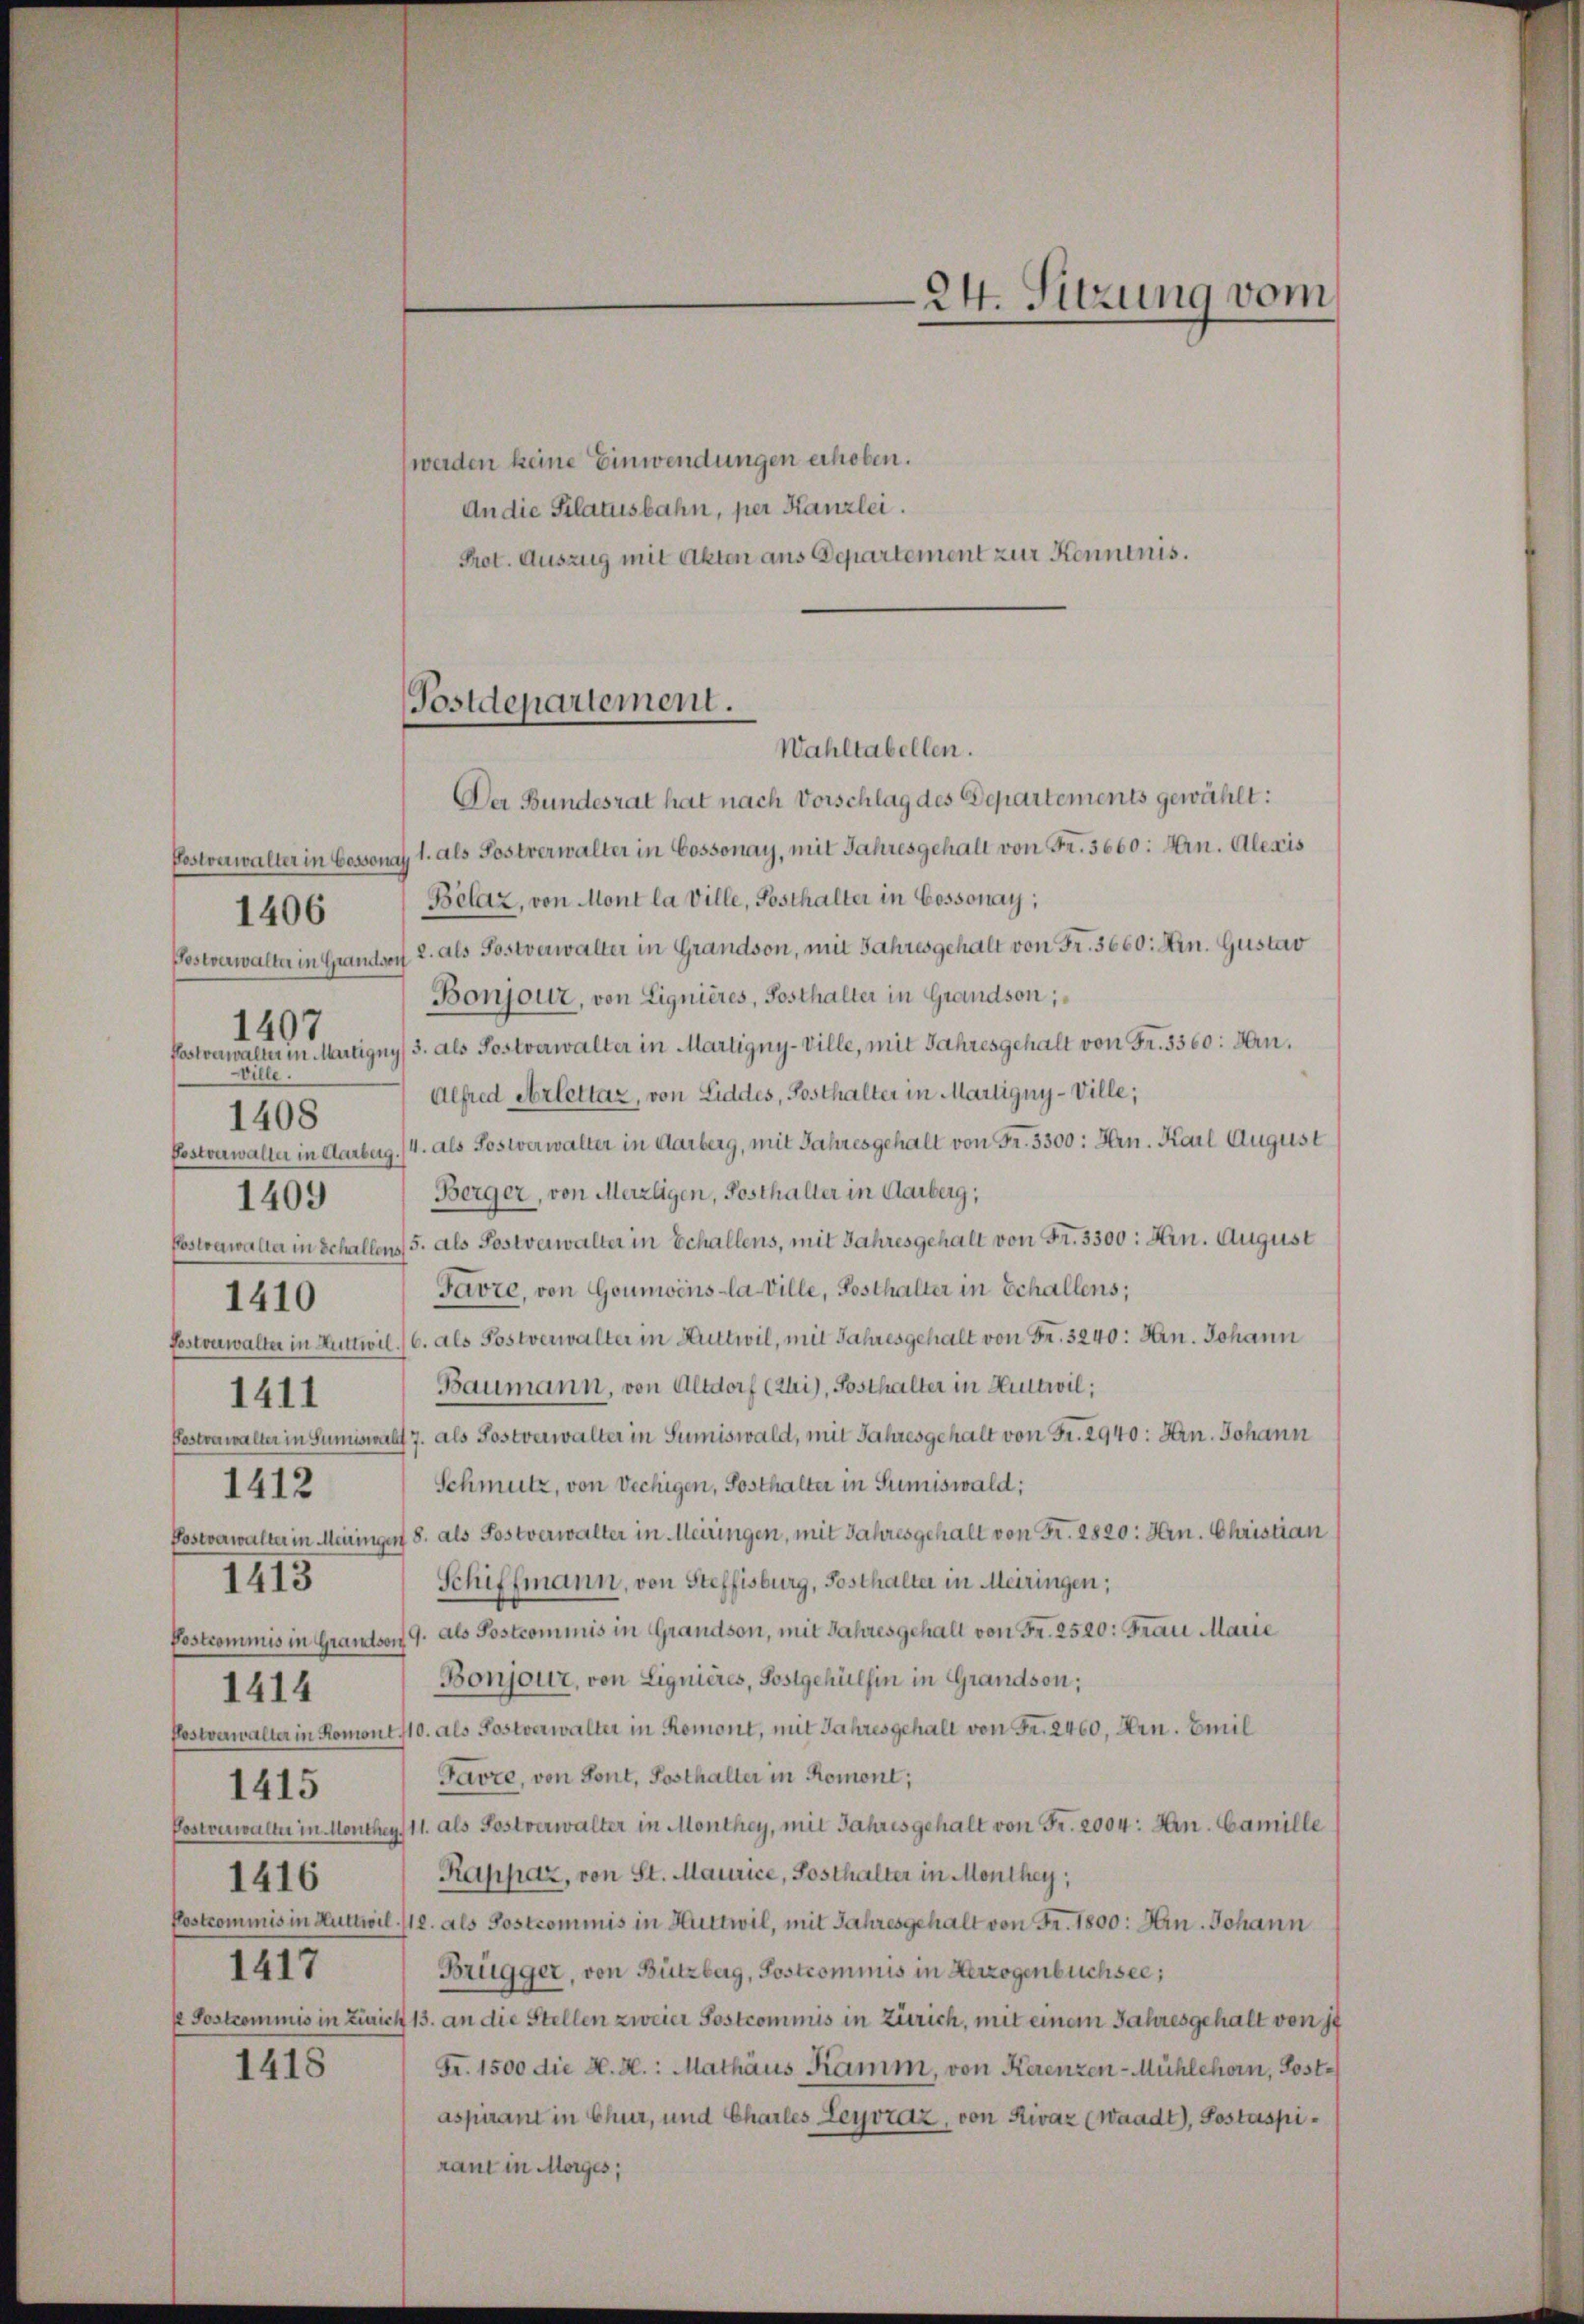
Postverwalter in Grandson
Ville.
1408
1411
1412
1413
1414
1415
1416
1417

1407

1410

1406

1418

(werden keine Einwendungen erhoben.
An die Pilatusbahn, per Kanzlei.
Prot. Auszug mit Akten aus Departement zur Kenntnis.

Postdepartement.
Wahltabellen.

24. Sitzung vom

Der Bundesrat hat nach Vorschlag des Departements gewählt:
Postverwalter in Cessionat 1. als Postverwalter in Cossonay, mit Jahresgehalt von Fr. 3660: Hrn. Alexis
Belaz, von Mont la Ville, Posthalter in Cossonay,
2. als Postverwalter in Grandson, mit Jahresgehalt von Fr. 3660: Arn. Gustav
Bonjour, von Lignières, Posthalter in Grandson;
Postverwalter in Martigny/3. als Postverwalter in Martigny-Ville, mit Jahresgehalt von Fr. 3360: Hrn.
Alfred erlettaz, von Liddes, Posthalter in Martigny-Ville;
Postonwalter in Aarberg. (4. als Sostverwalter in Aarberg, mit Jahresgehalt von Fr. 3300: Hrn. Karl August
1409) Berger, von Merzligen, Posthalter in Garberg;
Postverwalter in Schallens 5. als Postverwalter in Schallens, mit Jahresgehalt von Fr. 3300: Hrn. August
Favre, von Goumoins la Ville, Posthalter in Schallens;
Fostonwalter in Huttwil./6. als Postverwalter in Huttwil, mit Jahresgehalt von Fr. 3240: Hrn. Johann
Baumann, von Altdorf (Zhi), Posthalter in Huttwil;
Postvawalter in Sumiswalt 7. als Postverwalter in Sumiswald, mit Jahresgehalt von Fr. 2940: Arn. Johann
Schmutz, von Vechigen, Sosthalter in Sumiswald:
Postverwalter in Meninger 8. als Postverwalter in Meiringen, mit Jahresgehalt von Fr. 2820: Hrn. Christian
Schiffmann, von Steffisburg, Posthalter in Meiringen;
Postcommis in Grandson 9. als Postcommis in Grandson, mit Jahresgehalt von Fr. 2520. Frau Marie
Bonjour, von Lignières, Postgehülfen in Grandson;
Postverwalter in Romont 110. als Postverwalter in Romont, mit Jahresgehalt von Fr. 2460, Arn. Emil
Favre, von Sont. Posthalter in Romont;
Postenwalter in Monthey 11. als Postverwalter in Monthey, mit Jahresgehalt von Fr. 2004: Hn. Camille
Rappaz, von St. Maurice, Posthalter in Monthey,
Postcommis in Huttwil /12. als Postcommis in Huttwil, mit Jahresgehalt von Fr. 1800: Hrn. Johann
Brügger, von Bützberg, Sostrommnis in Herzogenbüchsee,
/ Postcommis in Zürich 13. an die Stellen zweier Postcommis in Zürich, mit einem Jahresgehalt von 14
Fr. 1500 die H. H: Mathäus Ramm, von Kerenzen-Mühlehorn, Poste
aspirant in Chur, und Charles Leyvraz, von Rivaz (Waadt), Sostaspiraut in Morges,